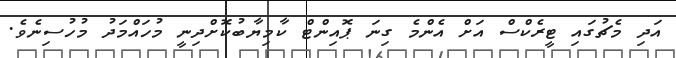
އަދި މެޗުގައި ޓީރެކްސް އަށް އެންމެ ގިނަ ޕޮއިންޓް ކާމިޔާބުކޮށްދިނީ މުހައްމަދު މުހުސިނެވެ.